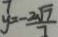
y = - \frac { 2 \sqrt { 7 } } { 7 }